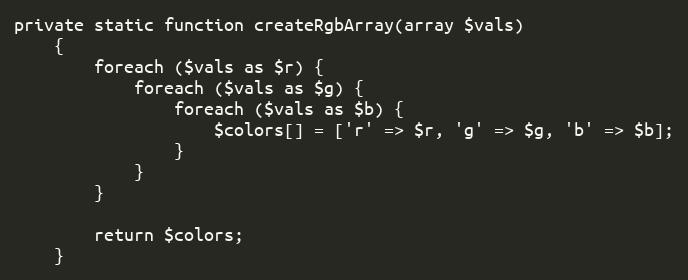
Language: PHP
private static function createRgbArray(array $vals)
    {
        foreach ($vals as $r) {
            foreach ($vals as $g) {
                foreach ($vals as $b) {
                    $colors[] = ['r' => $r, 'g' => $g, 'b' => $b];
                }
            }
        }

        return $colors;
    }